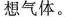
想气体。